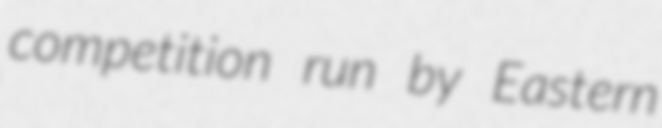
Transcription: competition run by Eastern